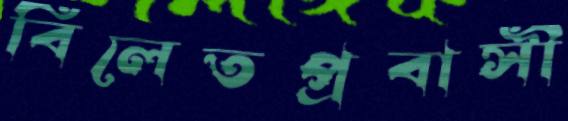
বিলেতপ্রবাসী